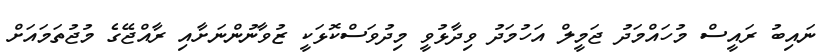
ނައިބު ރައީސް މުހައްމަދު ޖަމީލް އަހުމަދު ވިދާޅުވީ މިދުވަސްކޮޅަކީ ޒުވާނުންނަށާއި ރާއްޖޭގެ މުޖުތަމައަށް